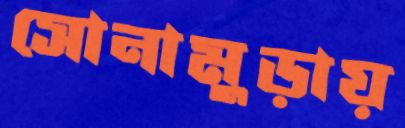
সোনামুড়ায়